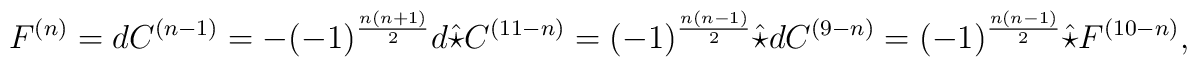
F^{(n)} = dC^{(n-1)} = -(-1)^{\frac{n(n+1)}{2}} d\hat{\star} C^{(11-n)}= (-1)^{\frac{n(n-1)}{2}} \hat{\star} d C^{(9-n)} = (-1)^{\frac{n(n-1)}{2}} \hat{\star} F^{(10-n)},